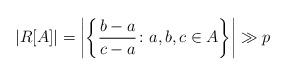
LaTeX: \begin{align*}|R[A]| = \left| \left\{ \frac{b-a}{c-a}\colon a,b,c\in A\right\}\right| \gg p\end{align*}